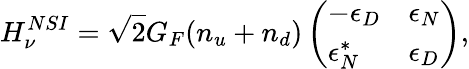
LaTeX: H_{\nu}^{NSI}=\sqrt{2}G_{F}(n_{u}+n_{d})\left(\begin{array}{ll}{-\epsilon_{D}}&{\epsilon_{N}}\\ {\epsilon_{N}^{*}}&{\epsilon_{D}}\end{array}\right),